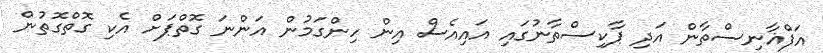
އަފްޣާނިސްތާން އަދި ޕާކިސްތާނުގައި އައިއެސް އިން ހިންގަމުން އަންނަ ގޮތްޕަށް އެކި ގޮތްގޮތުން